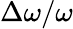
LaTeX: \Delta\omega/\omega